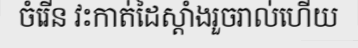
ចំរើន វះកាត់ដៃស្តាំងរួចរាល់ហើយ